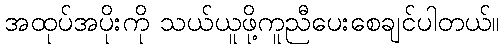
အထုပ်အပိုးကို သယ်ယူဖို့ကူညီပေးစေချင်ပါတယ်။